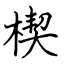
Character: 楔